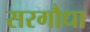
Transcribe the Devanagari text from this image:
सरगौधा